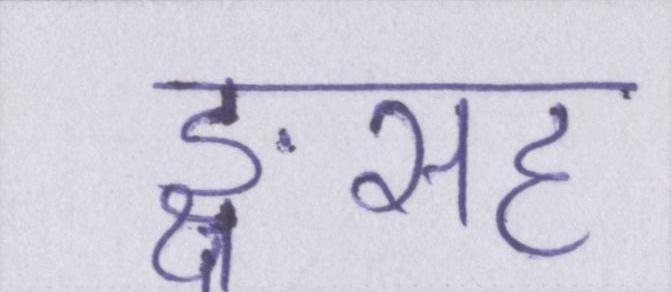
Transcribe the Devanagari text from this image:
ङ्क्षसह